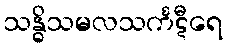
သန္ဓိသမလသင်္ကဋီရေ